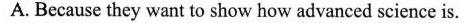
A. Because they want to show how advanced science is.